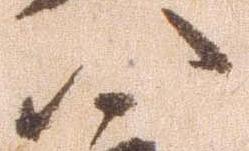
八